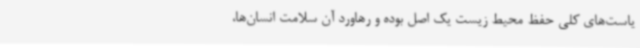
یاست‌های کلی حفظ محیط‌ زیست یک اصل بوده و رهاورد آن سلامت انسان‌ها،